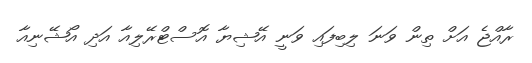
ރާއްޖެ އަށް ތިން ވަނަ ލިބިފައި ވަނީ އޭޝިޔާ އޮސްޓްރޭލިއާ އަދި އޯޝޭނިއާ